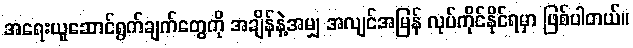
အရေးယူဆောင်ရွက်ချက်တွေကို အချိန်နဲ့အမျှ အလျင်အမြန် လုပ်ကိုင်နိုင်ရမှာ ဖြစ်ပါတယ်။